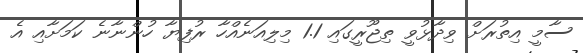
ސާމީ އިތުރަށް ވިދާޅުވީ ތިޖޫރީގައި 1.1 މިލިއަނެއްހާ ރުފިޔާ ހުންނާނެ ކަމަށާއި އެ